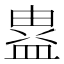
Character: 𭾉